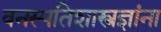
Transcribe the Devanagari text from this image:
वनस्पतिशास्त्रज्ञांना